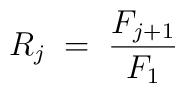
R_{j}\; =\;\frac{F_{j+1}}{F_{1}}